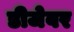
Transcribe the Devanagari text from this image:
डीजेवर